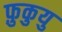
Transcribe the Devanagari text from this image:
फ़ुकुयु